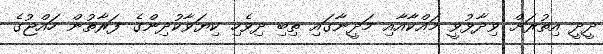
ދީދީ އިތުރަށް ވިދާޅުވީ މައްކާއާއި މަދީނާގައި ތިބި ދިވެހި ކިޔަވާކުދިންގެ ފަރާތުން ހައްޖުގެ